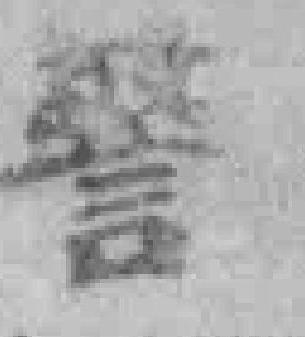
警